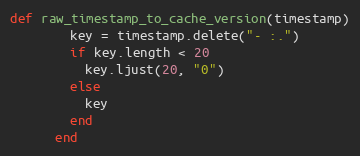
Language: Ruby
def raw_timestamp_to_cache_version(timestamp)
        key = timestamp.delete("- :.")
        if key.length < 20
          key.ljust(20, "0")
        else
          key
        end
      end